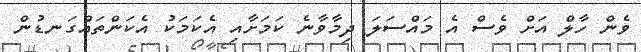
ވެން ހާލް އަށް ވެސް އެ މައްސަލަ ދިމާވާނެ ކަމަށާއި އެކަމަކު އެކަންތައްގަނޑުން